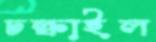
চল্‌কাইল